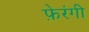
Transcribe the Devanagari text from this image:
फ़ेरंगी